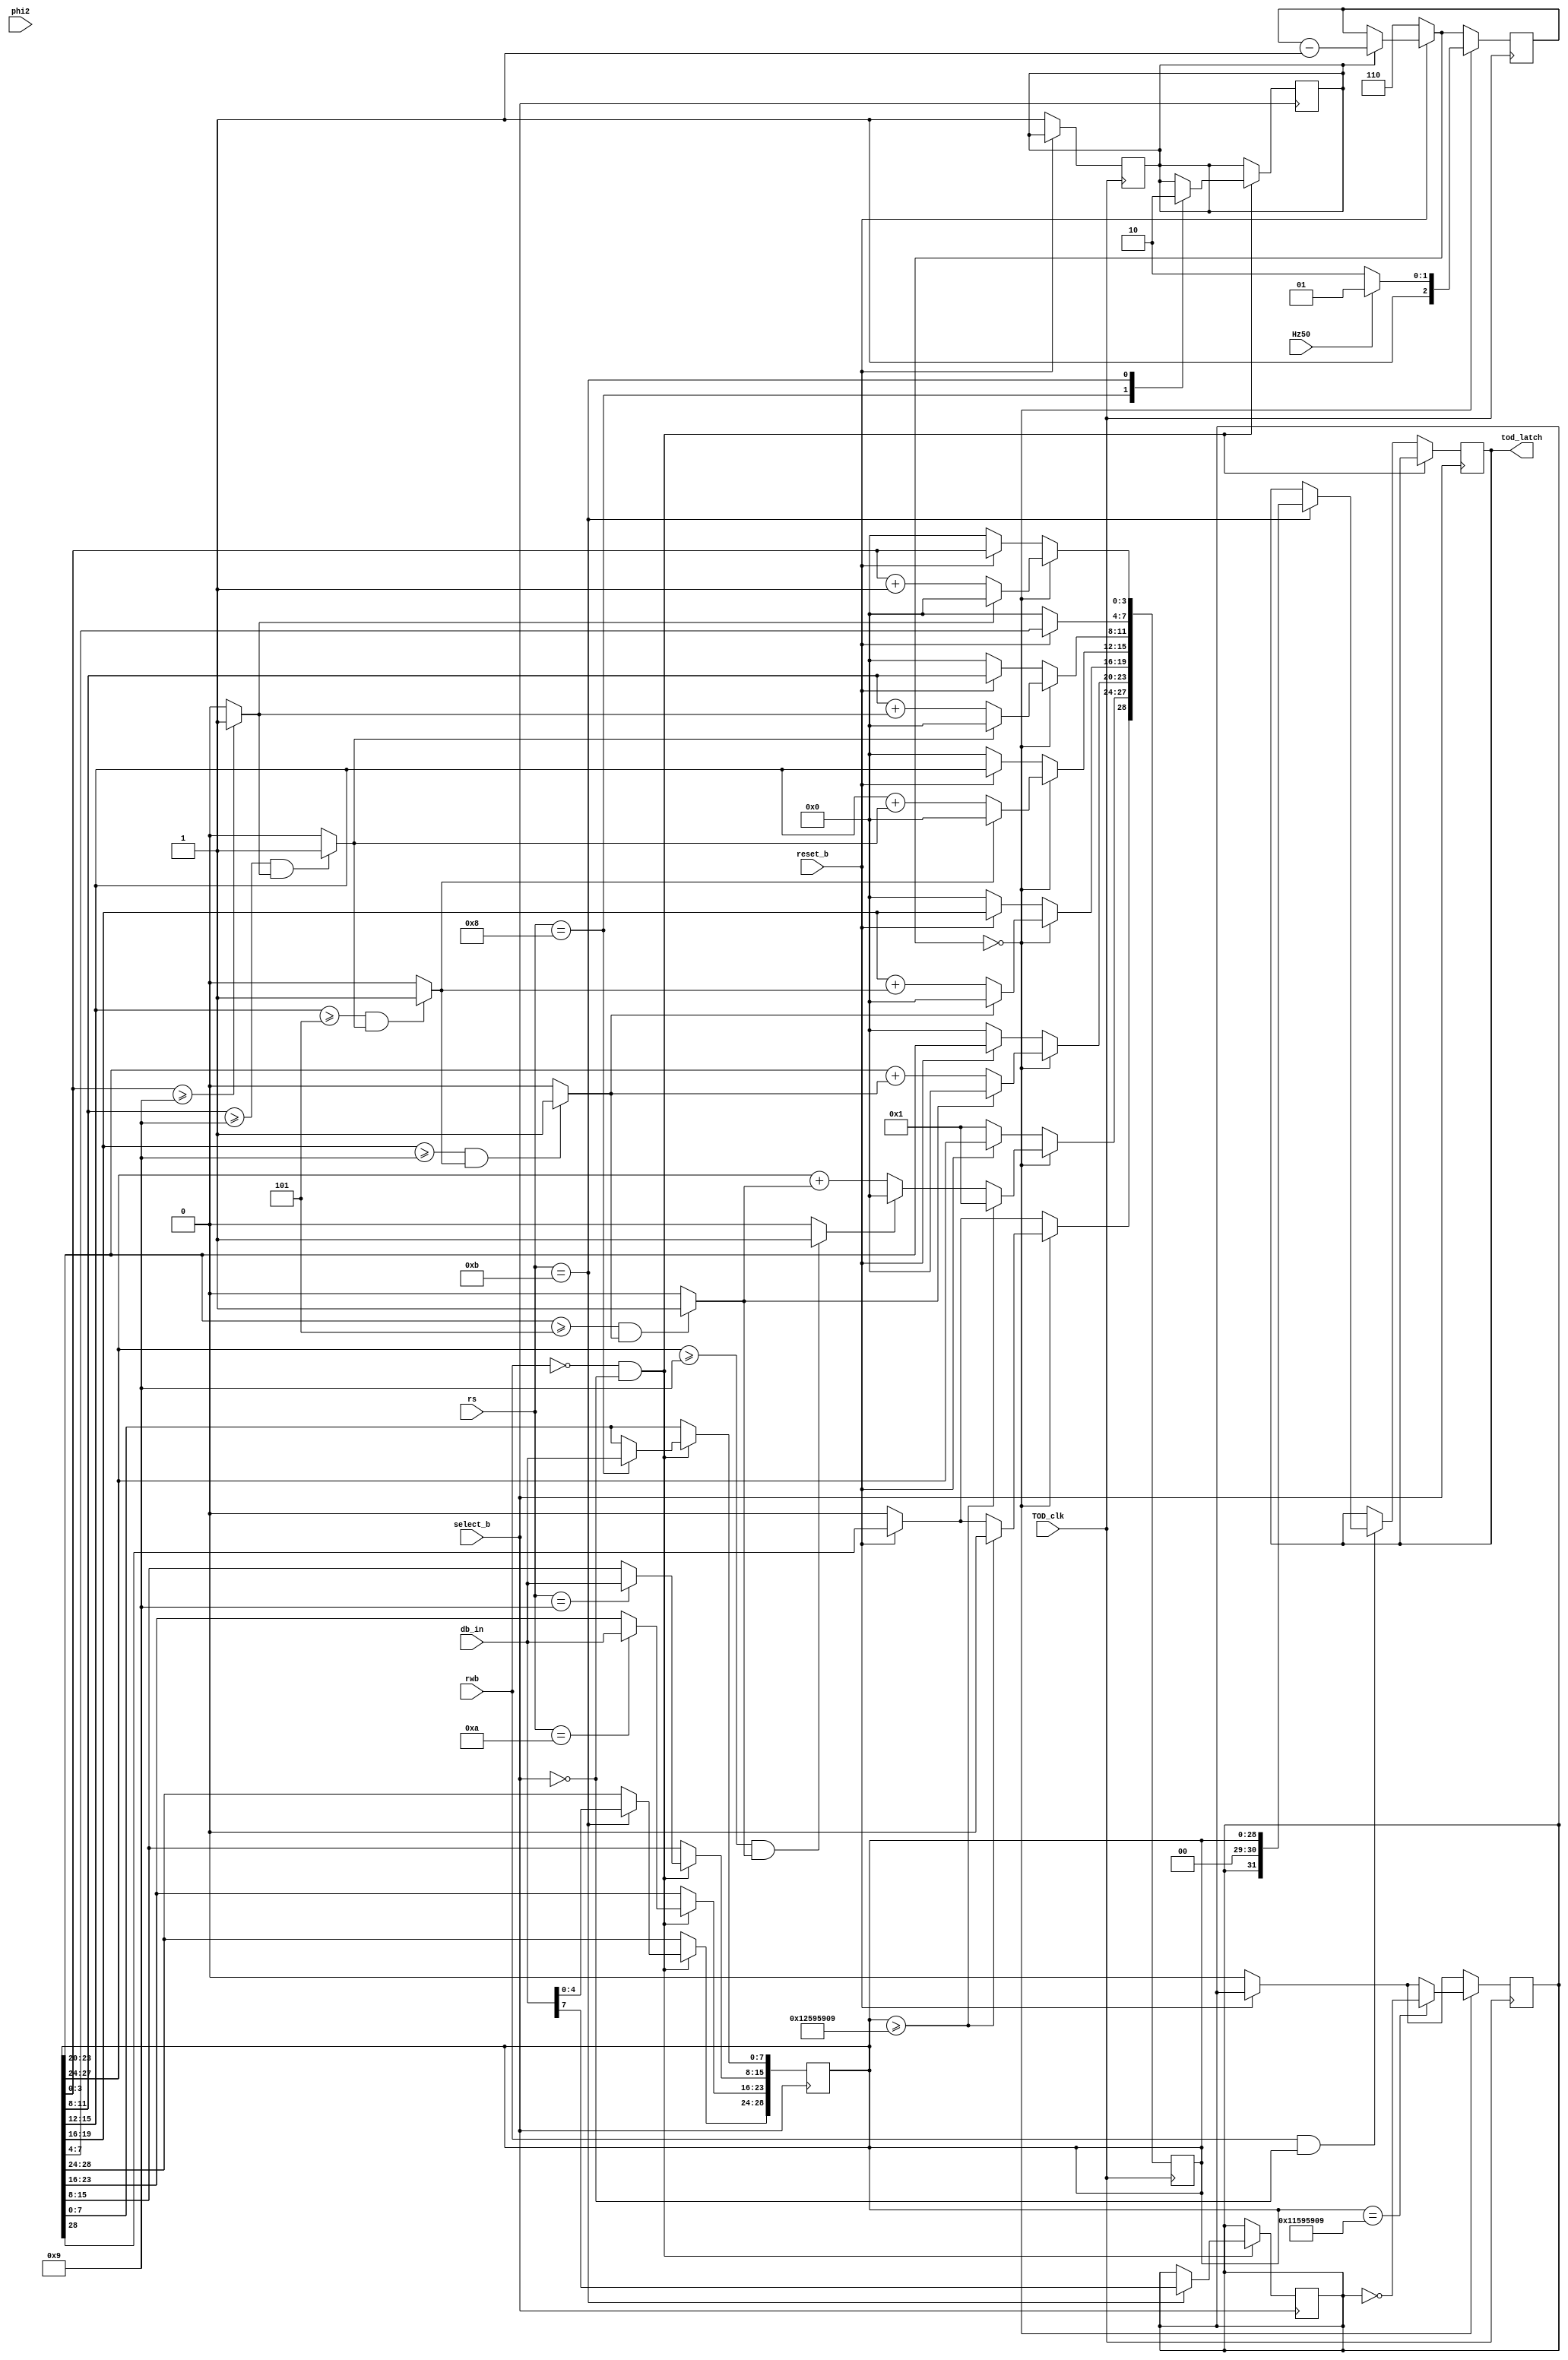
`timescale 1ns / 1ps
//////////////////////////////////////////////////////////////////////////////////
// Company: 
// Engineer: 
// 
// Design Name: 
// Module Name: tod
// Project Name: 
// Target Devices: 
// Tool Versions: 
// Description: 
// 
// Dependencies: 
// 
// Revision:
// Revision 0.01 - File Created
// Additional Comments:
// 
//////////////////////////////////////////////////////////////////////////////////



module TOD(
  input wire reset_b,
  input wire Hz50,
  input wire TOD_clk,
  input wire select_b,
  input	wire rwb,
  input wire phi2,
  input wire [3:0] rs,
  output reg [31:0] tod_latch,
  input wire [7:0] db_in
//  output reg [7:0] db_out
);
  //INTERNAL REGISTERS
  reg [2:0] tod_tick_counter;
  reg [28:0] tod;
  reg pm;
  reg [31:0] alarm;
  reg tod_run;
  
  //wires
  wire  wr = !rwb & !select_b;
  wire  rd = rwb & !select_b;
  
  //Evaluate carry bits - combinational logic
  //10th sec
  assign c1= tod[3:0]>=9?1:0;
  //seconds
  assign c2= tod[11:8]>=9&&c1?1:0;
  assign c3= tod[15:12]>=5&&c2?1:0;
  //minutes
  assign c4= tod[19:16]>=9&&c3?1:0;
  assign c5= tod[23:20]>=5&&c4?1:0;
  //hours
  assign c6= tod[27:24]>=9&&c5?1:0;

  
  always @(negedge TOD_clk)
  begin
    if(!reset_b)
      begin
        tod_run<=1;
        tod_tick_counter<=3'h6;
        tod<=29'h01000000;
        pm<=0;
      end
    else if (tod_run)
      begin
        tod_tick_counter = tod_tick_counter -1;
      end
      if(!tod_tick_counter)
        begin
          if(Hz50)
            tod_tick_counter=3'h5;
          else
            tod_tick_counter=3'h6;
            
          //Add carry bit from prior stage or reset to 0 if max digit is reached
          if(c1)
            tod[3:0]<=4'd0;
          else
            tod[3:0]<=tod[3:0]+4'd1;
            
          if(c2)
            tod[11:8]<=4'd0;
          else
            tod[11:8]<=tod[11:8]+c1;
        
          if(c3)
            tod[15:12]<=4'd0;
          else
            tod[15:12]<=tod[15:12]+c2;
                            
          if(c4)
            tod[19:16]<=4'd0;
          else
            tod[19:16]<=tod[19:16]+c3;
                        
          if(c5)
            tod[23:20]<=4'd0;
          else
            tod[23:20]<=tod[23:20]+c4;
                          
          if(c6)
            tod[27:24]<=4'd0;
          else
            tod[27:24]<=tod[27:24]+c5; 
            
          //TODO: need to set 10s place on hours         
                    
          // if 13 hours set to 1
          if(tod[28:0]>=29'h12595909)
            tod[28:24]<=5'h01;
          
          //if 12000000 then toggle pm flag
          if(tod[28:0]==29'h11595909) 
            pm<=~pm;
        end
        end
        
     always @(negedge select_b) 
     begin  
      //read tod latch
    if(wr)
      begin
        case(rs)
          4'h8:
            begin
              tod[7:0]<=db_in;
              tod_run<=1;
            end
          4'h9: tod[15:8]<=db_in;
          4'ha: tod[23:16]<=db_in;
          4'hb: 
            begin
              tod[28:24]<=db_in[4:0];
              pm<= db_in[7];
              tod_run<=0;
            end
        endcase
      end
      else if (rd)
        begin
          case(rs)
            4'hb: 
                tod_latch[31:0]<={pm,2'b00,tod[28:0]};
          endcase
          end
       end
endmodule